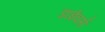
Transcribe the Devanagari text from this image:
डाईवर्स